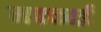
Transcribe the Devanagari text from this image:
मक्काई